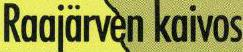
Raajärven kaivos